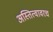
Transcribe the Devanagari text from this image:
अस्तित्वावरच